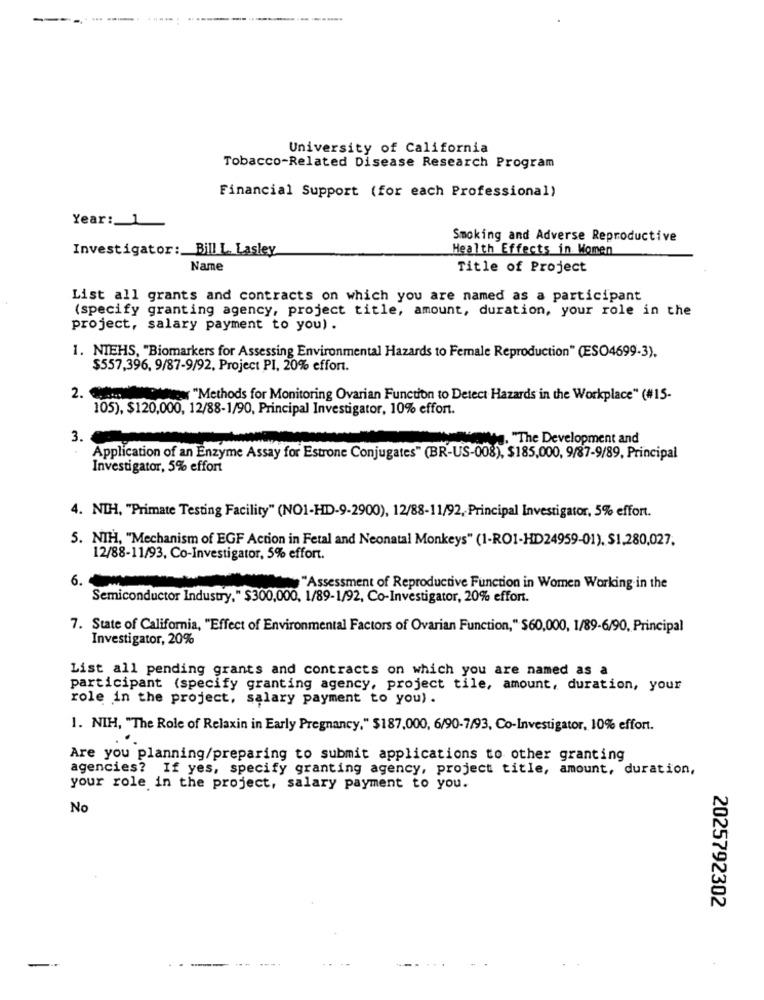
----
University of California
Tobacco-Related Disease Research Program
Financial Support (for each Professional)
Year :_ 1
Smoking and Adverse Reproductive
Investigator: Bill L. Lasley
Health Effects in Women
Name
Title of Project
List all grants and contracts on which you are named as a participant
(specify granting agency, project title, amount, duration, your role in the
project, salary payment to you) .
1. NIEHS, "Biomarkers for Assessing Environmental Hazards to Female Reproduction" (ESO4699-3).
$557,396, 9/87-9/92, Project PI, 20% effort.
2. .. ....
ex "Methods for Monitoring Ovarian Function to Detect Hazards in the Workplace" (#15-
105), $120,000, 12/88-1/90, Principal Investigator, 10% effort.
3.
Mg. "The Development and
Application of an Enzyme Assay for Estrone Conjugates" (BR-US-008), $185,000, 9/87-9/89, Principal
Investigator, 5% effort
4. NIH, "Primate Testing Facility" (NO1-HD-9-2900), 12/88-11/92, Principal Investigator, 5% effort.
5. NIH, "Mechanism of EGF Action in Fetal and Neonatal Monkeys" (1-ROI-HD24959-01), $1.280,027.
12/88-11/93, Co-Investigator, 5% effort.
6.
"Assessment of Reproductive Function in Women Working in the
Semiconductor Industry," $300,000, 1/89-1/92, Co-Investigator, 20% effort.
7. State of California, "Effect of Environmental Factors of Ovarian Function," $60,000, 1/89-6/90, Principal
Investigator, 20%
List all pending grants and contracts on which you are named as a
participant (specify granting agency, project tile, amount, duration, your
role in the project, salary payment to you).
1. NIH, "The Role of Relaxin in Early Pregnancy," $187,000, 6/90-7/93, Co-Investigator, 10% effort.
Are you planning/preparing to submit applications to other granting
agencies? If yes, specify granting agency, project title, amount, duration,
your role in the project, salary payment to you.
No
2025792302
-